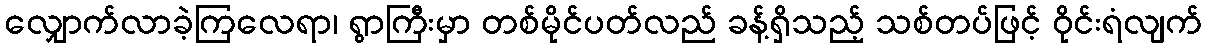
လျှောက်လာခဲ့ကြလေရာ၊ ရွာကြီးမှာ တစ်မိုင်ပတ်လည် ခန့်ရှိသည့် သစ်တပ်ဖြင့် ဝိုင်းရံလျက်